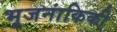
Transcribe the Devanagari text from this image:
भूजनांकिकी